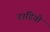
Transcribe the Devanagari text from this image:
ङाडियो